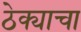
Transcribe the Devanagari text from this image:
ठेक्याचा